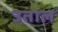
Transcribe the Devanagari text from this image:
उताल